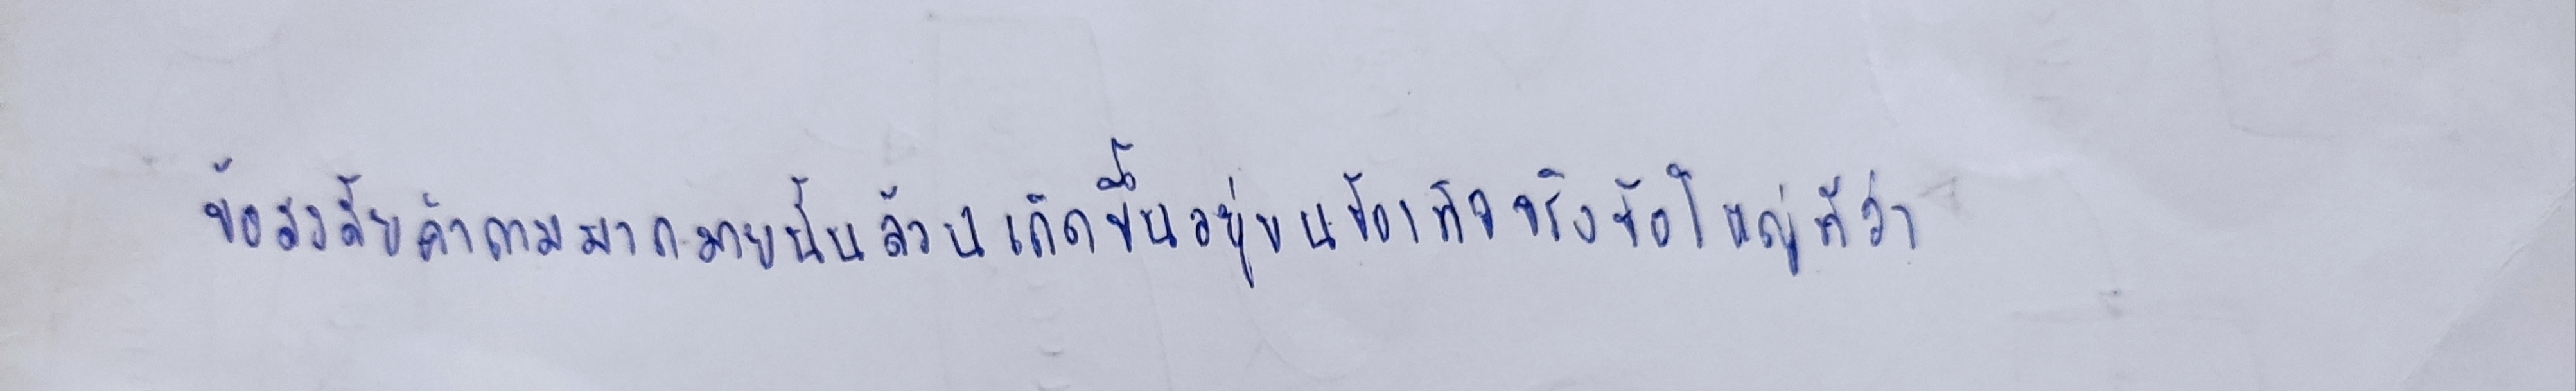
ข้อสงสัยคำถามมากมายนั้นล้วนเกิดขึ้นอยู่บนข้อเท็จจริงข้อใหญ่ที่ว่า